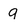
Character: q